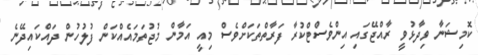
ކޮމިޝަނާ ވިދާޅުވީ ރާއްޖޭގައި އިންވެސްޓްކުރާ ފަރާތްތަކަށްވެސް މިއީ އަމާން މުޖުތަމައެއްކަން ފުލުހުން ދައްކައިދޭނެ